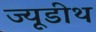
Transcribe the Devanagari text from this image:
ज्यूडीथ